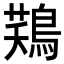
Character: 𪁾